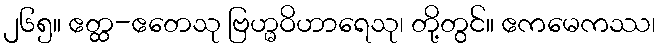
၂၆၅။ ဧတ္ထ-ဧတေသု ဗြဟ္မဝိဟာရေသု၊ တို့တွင်။ ဧကမေကဿ၊